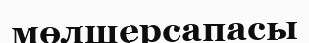
мөлшерсапасы